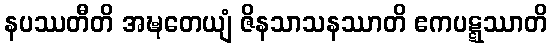
နပဿတီတိ အဍ္ဎတေယျံ ဇိနသာသနဿာတိ ဧကပဋ္ဋဿာတိ